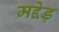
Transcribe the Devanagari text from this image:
मद्देड़